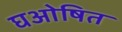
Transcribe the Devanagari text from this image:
घओषित